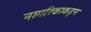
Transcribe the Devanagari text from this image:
नागरिकाकडून